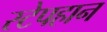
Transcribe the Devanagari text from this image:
स्टेपहान